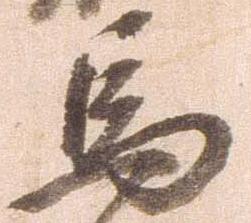
馬